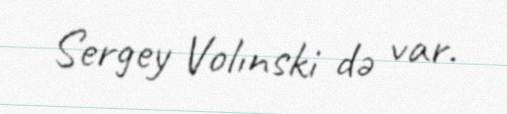
Sergey Volınski də var.